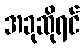
အခုဆိုရင်